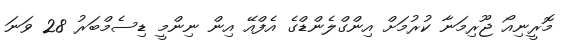
މޮރީނިއޯ ޖޫރިމަނާ ކުރުމަށް އިންގްލެންޑްގެ އެފްއޭ އިން ނިންމީ ޑިސެމްބަރު 28 ވަނަ